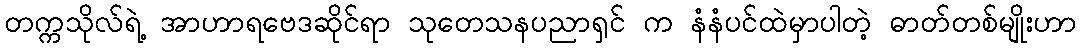
တက္ကသိုလ်ရဲ့ အာဟာရဗေဒဆိုင်ရာ သုတေသနပညာရှင် က နံနံပင်ထဲမှာပါတဲ့ ဓာတ်တစ်မျိုးဟာ